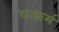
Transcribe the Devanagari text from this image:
यत्कर्म